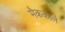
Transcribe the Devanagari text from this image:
मैककार्ले